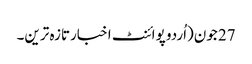
27 جون(اُردو پوائنٹ اخبارتازہ ترین۔